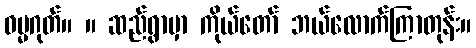
ဓမ္မဂုတ်။ ။ ဆည်ရွာမှာ ကိုယ်တော် ဘယ်လောက်ကြာတုန်း။